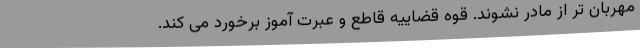
مهربان تر از مادر نشوند. قوه قضاییه قاطع و عبرت آموز برخورد می کند.